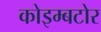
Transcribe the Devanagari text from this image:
कोइम्बटोर